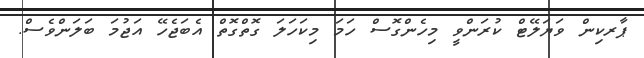
ޕާރކިން ވަޔަލޭޓް ކުރަންވީ މިހެންގޮސް ހަމަ މިކަހަލަ ގޮތްގޮތް އެބަޖެހޭ އަޖުމަ ބަލަންވެސް.